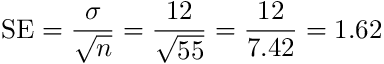
\mathrm { S E } = { \frac { \sigma } { \sqrt { n } } } = { \frac { 1 2 } { \sqrt { 5 5 } } } = { \frac { 1 2 } { 7 . 4 2 } } = 1 . 6 2 \,